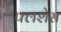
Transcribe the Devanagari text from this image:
फ्लशेस